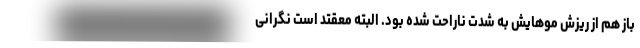
باز هم از ریزش موهایش به شدت ناراحت شده بود. البته معقتد است نگرانی